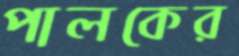
পালকের